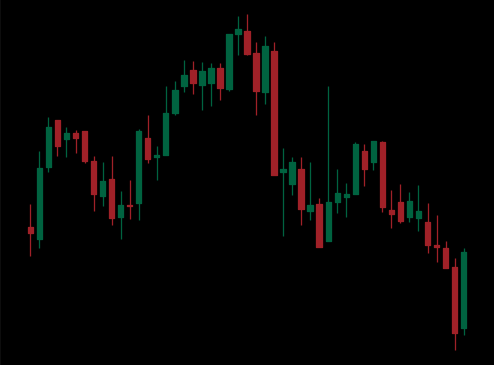
Pattern: head_shoulders